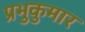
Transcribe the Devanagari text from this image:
प्रभुकुमार